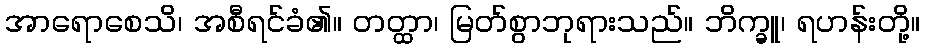
အာရောစေသိ၊ အစီရင်ခံ၏။ တတ္ထာ၊ မြတ်စွာဘုရားသည်။ ဘိက္ခူ၊ ရဟန်းတို့။